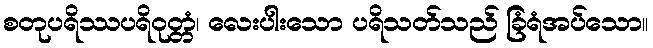
စတုပရိဿပရိဝုတ္တံ၊ လေးပါးသော ပရိသတ်သည် ခြံရံအပ်သော။